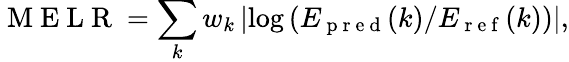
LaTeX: \mathrm{~M~E~L~R~}=\sum_{k}w_{k}\left|\log\left(E_{\mathrm{~p~r~e~d~}}(k)/E_{\mathrm{~r~e~f~}}(k)\right)\right|,